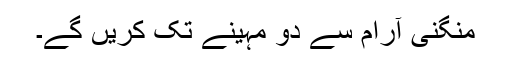
منگنی آرام سے دو مہینے تک کریں گے۔